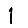
Digit: 1